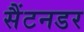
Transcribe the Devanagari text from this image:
सैंटनडर